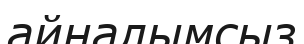
айналымсыз